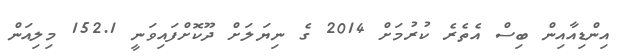
އިންޑިއާއިން ބިސް އެތެރެ ކުރުމަށް 2014 ގެ ނިޔަލަށް ދޫކޮށްފައިވަނީ 152.1 މިލިއަން